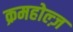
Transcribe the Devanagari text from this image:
क्रमहोल्ज़